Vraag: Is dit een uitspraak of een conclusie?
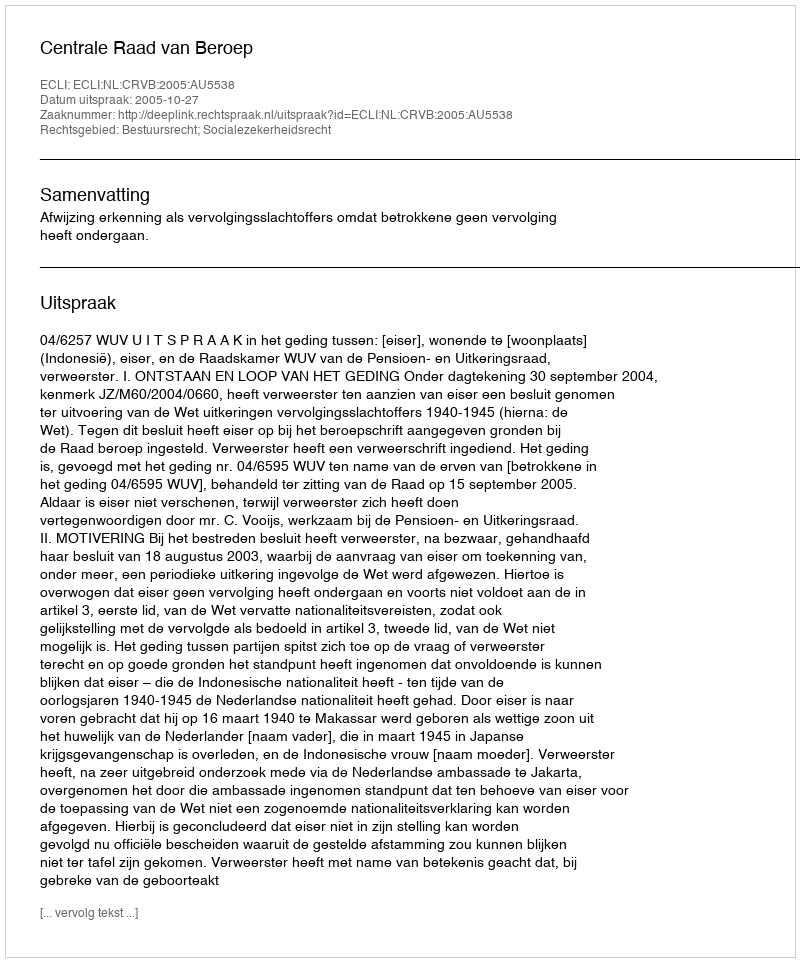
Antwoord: Uitspraak